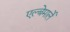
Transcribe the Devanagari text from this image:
एल्बेमार्ले